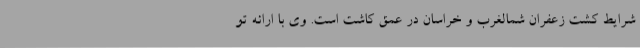
شرایط کشت زعفران شمالغرب و خراسان در عمق کاشت است. وی با ارائه تو